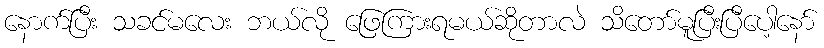
နောက်ပြီး သခင်မလေး ဘယ်လို ဖြေကြားရမယ်ဆိုတာလဲ သိတော်မူပြီးပြီပေါ့နော်